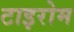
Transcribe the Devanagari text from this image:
टाइरोम